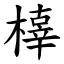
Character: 橭